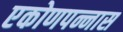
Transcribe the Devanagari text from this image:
एकोणपन्नास